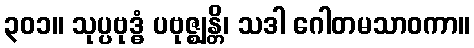
၃၀၁။ သုပ္ပဗုဒ္ဓံ ပဗုဇ္ဈန္တိ၊ သဒါ ဂေါတမသာဝကာ။